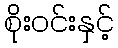
စိုးဝင်းနှင့်